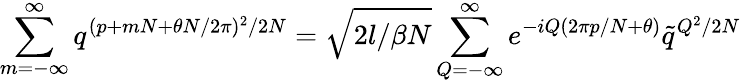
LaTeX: \sum_{m=-\infty}^{\infty}q^{(p+mN+\theta N/2\pi)^{2}/2N}=\sqrt{2l/\beta N}\sum_{Q=-\infty}^{\infty}e^{-iQ(2\pi p/N+\theta)}\tilde{q}^{Q^{2}/2N}